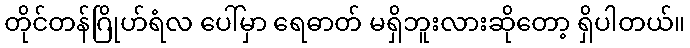
တိုင်တန်ဂြိုဟ်ရံလ ပေါ်မှာ ရေဓာတ် မရှိဘူးလားဆိုတော့ ရှိပါတယ်။